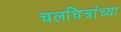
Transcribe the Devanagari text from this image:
चलचित्रांच्या